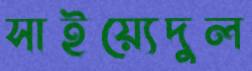
সাইয়্যেদুল